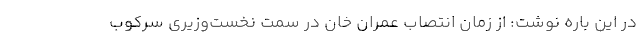
در این باره نوشت: از زمان انتصاب عمران خان در سمت نخست‌وزیری سرکوب